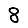
Digit: 8